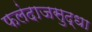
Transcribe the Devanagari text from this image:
फलंदाजसुद्धा